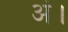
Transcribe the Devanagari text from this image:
अं।